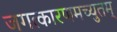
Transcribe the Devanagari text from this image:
जगत्कारणमच्युतम्